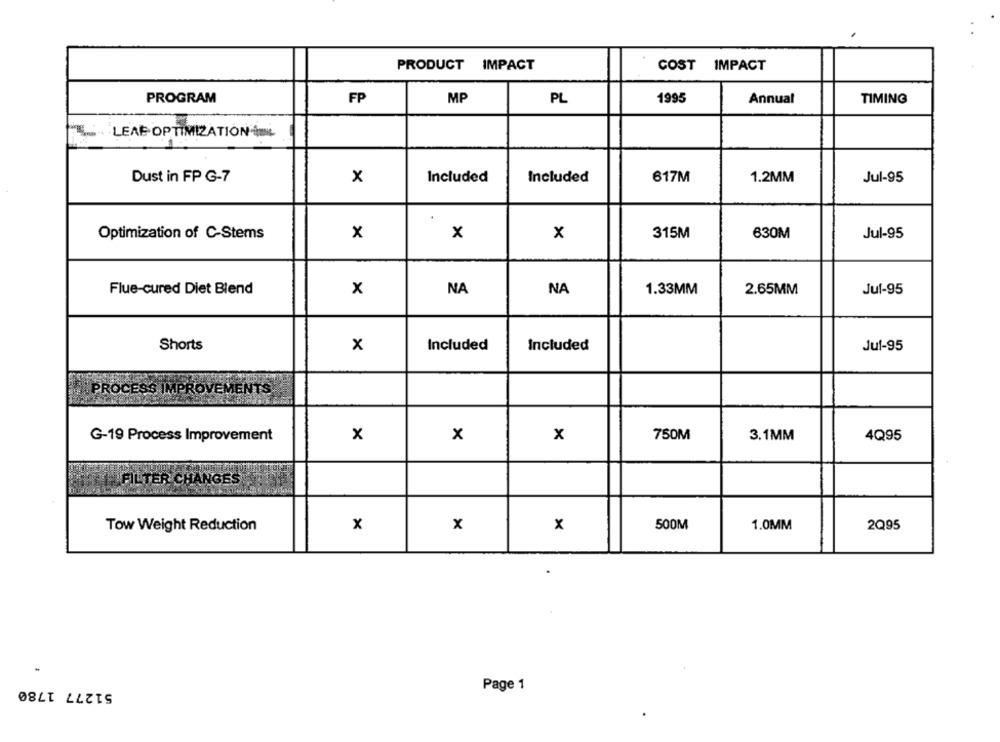
PRODUCT IMPACT
COST IMPACT
PROGRAM
FP
MP
PL
1995
Annual
TIMING
LEAP OPTIMIZATION L
Dust in FP G-7
x
Included
Included
617M
1.2MM
Jul-95
Optimization of C-Stems
x
x
x
315M
630M
Jul-95
Flue-cured Diet Blend
x
NA
NA
1.33MM
2.65MM
Jul-95
Shorts
x
Included
Included
Jul-95
PROCESS IMPROVEMENTS
G-19 Process Improvement
x
x
x
750M
3.1MM
4Q95
FILTER CHANGES
Tow Weight Reduction
x
x
x
500M
1.0MM
2Q95
51277 1780
Page 1